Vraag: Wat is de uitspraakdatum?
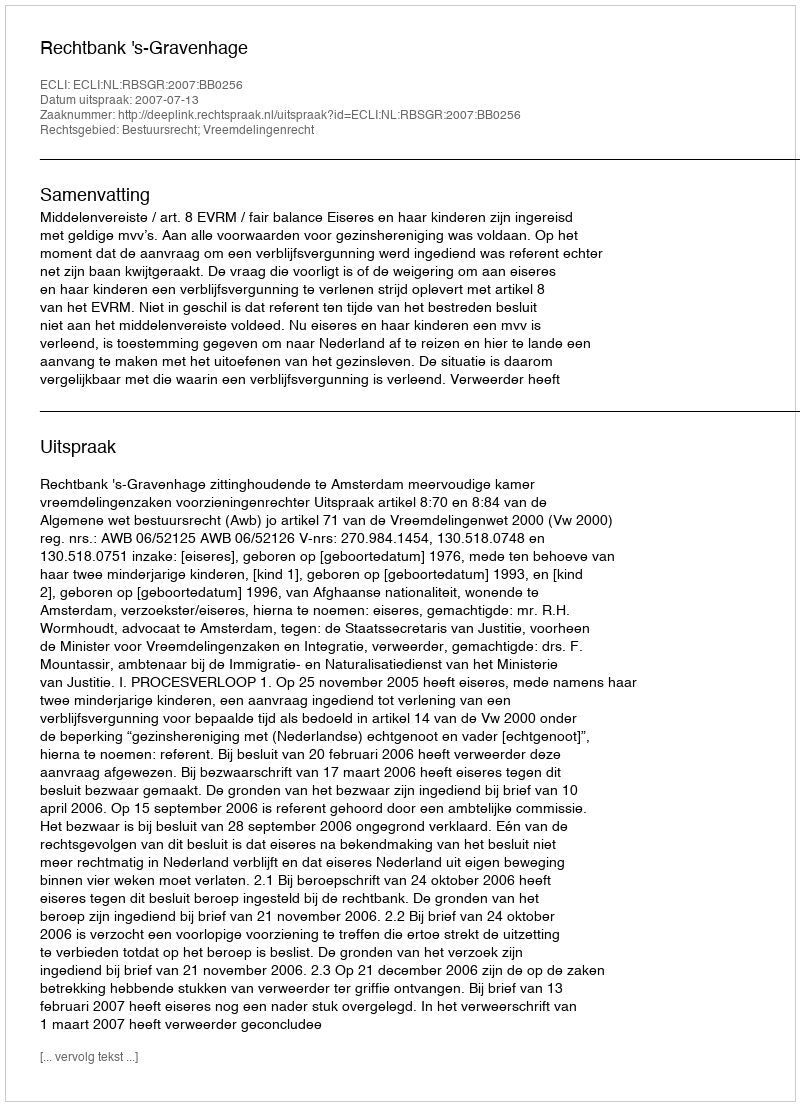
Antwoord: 2007-07-13